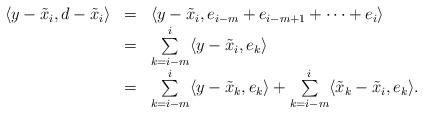
LaTeX: \begin{align*}\begin{array}{rcl}\langle y-\tilde{x}_{i},d-\tilde{x}_{i}\rangle & = & \langle y-\tilde{x}_{i},e_{i-m}+e_{i-m+1}+\cdots+e_{i}\rangle\\ & = & \underset{k=i-m}{\overset{i}{\sum}}\langle y-\tilde{x}_{i},e_{k}\rangle\\ & = & \underset{k=i-m}{\overset{i}{\sum}}\langle y-\tilde{x}_{k},e_{k}\rangle+\underset{k=i-m}{\overset{i}{\sum}}\langle\tilde{x}_{k}-\tilde{x}_{i},e_{k}\rangle.\end{array}\end{align*}